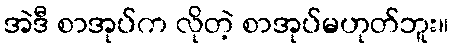
အဲဒီ စာအုပ်က လိုတဲ့ စာအုပ်မဟုတ်ဘူး။